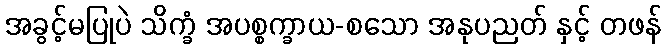
အခွင့်မပြုပဲ သိက္ခံ အပစ္စက္ခာယ-စသော အနုပညတ် နှင့် တဖန်